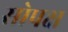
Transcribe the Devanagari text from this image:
सोपक्ष